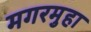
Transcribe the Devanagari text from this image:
मगरमुहा